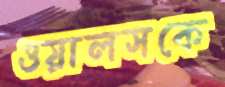
ওয়ালসকে